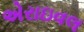
એરાઇવલ